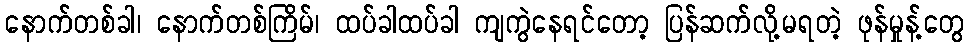
နောက်တစ်ခါ၊ နောက်တစ်ကြိမ်၊ ထပ်ခါထပ်ခါ ကျကွဲနေရင်တော့ ပြန်ဆက်လို့မရတဲ့ ဖုန်မှုန့်တွေ